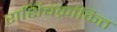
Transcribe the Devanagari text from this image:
राशिचक्रांकित